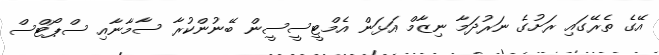
އޭގެ ތެރޭގައި ރަށުގެ ނަރުދަމާ ނިޒާމް އަޅަން އެމްޓީސީސީން ބޭނުންކުރާ ސާމާނާއި ސްޕޯޓްސް